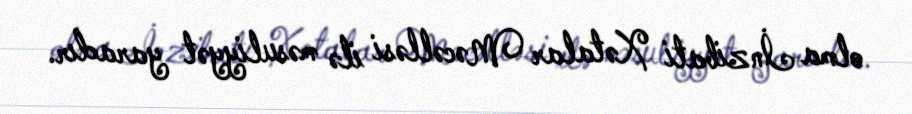
olma İnzibati Xətalar Məcəlləsi ilə məsuliyyət yaradır.